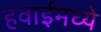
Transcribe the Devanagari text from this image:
हवाईमध्ये